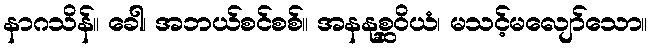
နာဂသိန်။ ခေါ၊ အဘယ်စင်စစ်။ အနနုစ္ဆဝိယံ၊ မသင့်မလျော်သော။